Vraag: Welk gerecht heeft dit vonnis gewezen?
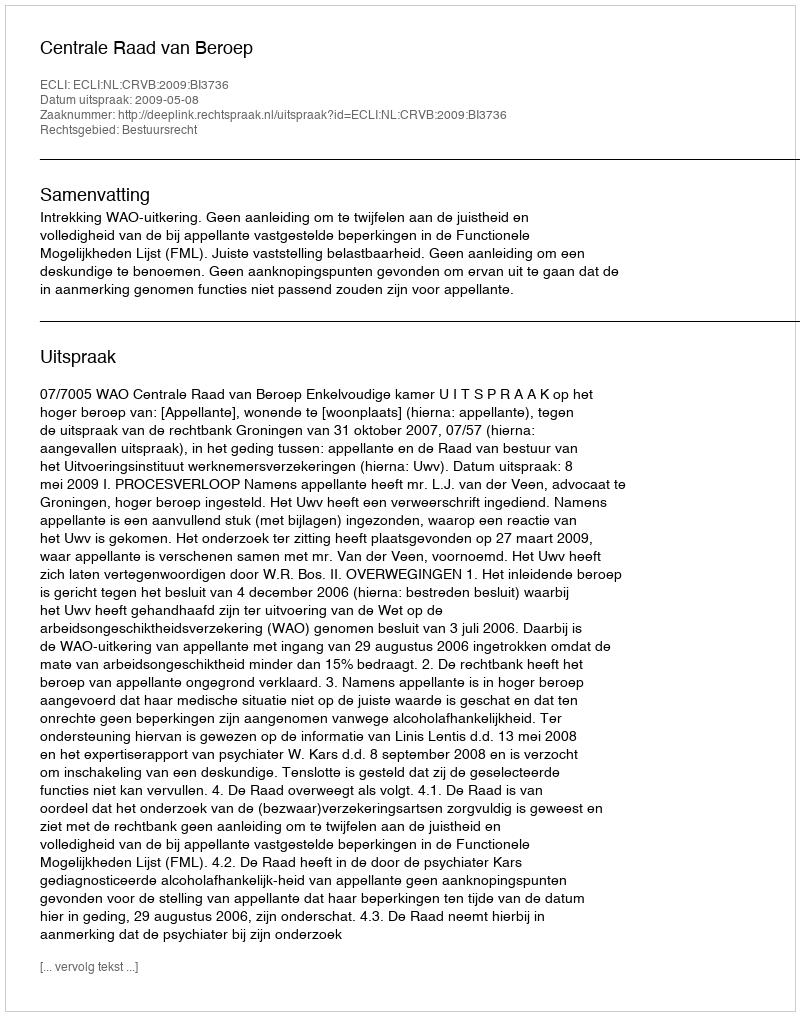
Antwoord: Centrale Raad van Beroep